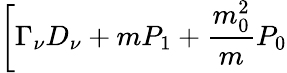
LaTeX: \biggl[\Gamma_{\nu}D_{\nu}+mP_{1}+\frac{m_{0}^{2}}{m}P_{0}